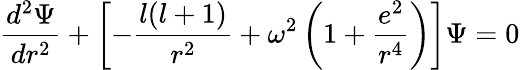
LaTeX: \frac{d^{2}\Psi}{dr^{2}}+\left[-\frac{l(l+1)}{r^{2}}+\omega^{2}\left(1+\frac{e^{2}}{r^{4}}\right)\right]\Psi=0